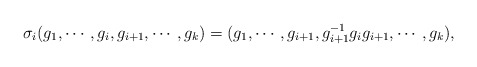
\begin{align*}\sigma_i (g_1,\cdots, g_i, g_{i+1}, \cdots,g_k)=(g_1,\cdots, g_{i+1}, g^{-1}_{i+1}g_ig_{i+1}, \cdots,g_k), \end{align*}